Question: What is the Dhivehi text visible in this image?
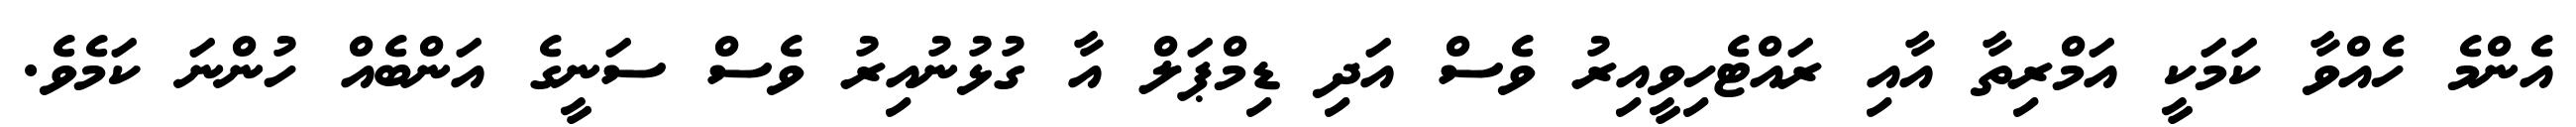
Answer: އެންމެ ހެއްވާ ކަމަކީ އަމްރިތާ އާއި ރައްޓެހިވީއިރު ވެސް އަދި ޑިމްޕަލް އާ ގުޅުނުއިރު ވެސް ސަނީގެ އަންބެއް ހުންނަ ކަމެވެ.